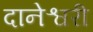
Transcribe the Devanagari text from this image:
दानेश्वरी